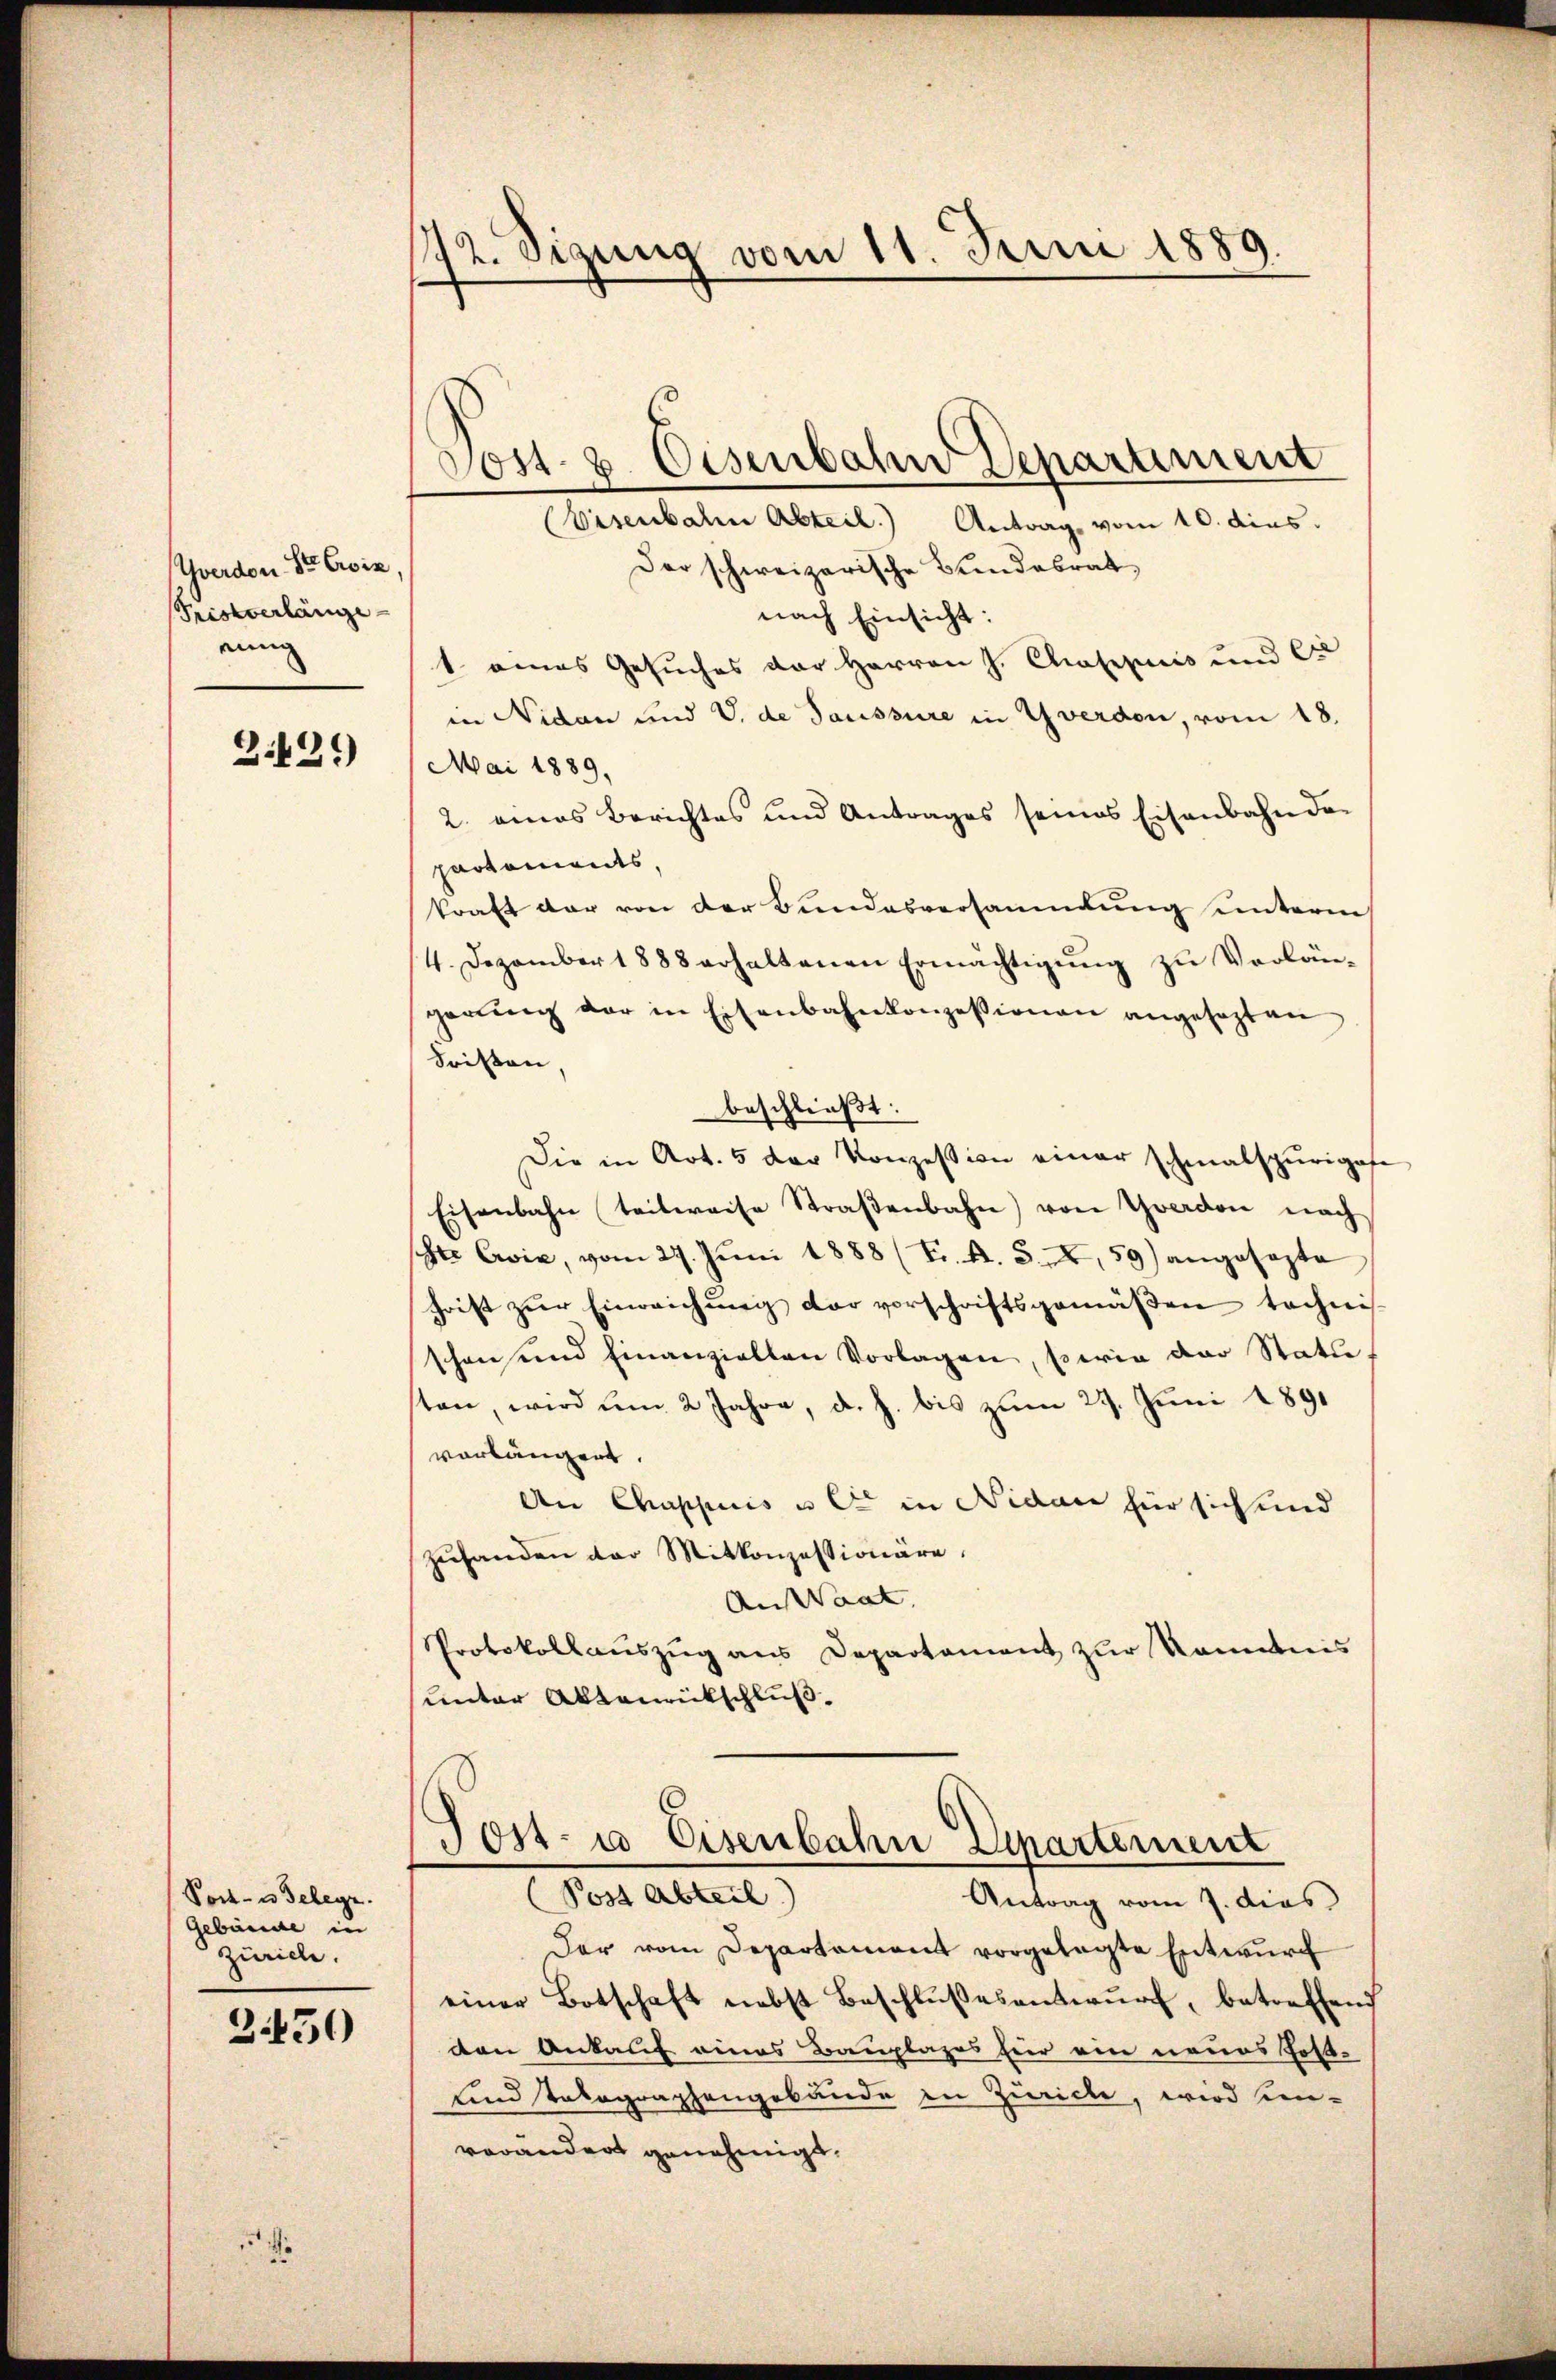
Zverdon Sr Exis,
Tristverlänge
einig

Z.429

Pock- u Gelege.
Gebäude in
Zürich.

2430

51

72. Sizung vom 11. Juni 1889.

Post- 8. Oesenbahn Departiment

(Visenbahn Abteil.) Antrag vom 10. dies
Der schweizerische Bundesrat
nach Einsicht:
1 eines Gesuches der Herren J. Chappiis und er
in Nidau und V. de Saussure in Yverden, vom 18.
Mai 1889.
2. eines Berichtes und Antrages seines Eisenbahn da-
partements,
kraft der von der Bundesversammlung unterm
4. Dezember 1888 erhaltenen Ermächtigung zu Verlän-
gerŭng der in Eisenbahnkonzessionen angesezten
Fristen
beschließt:
Die in Art. 5 der Konzession einer schmalspurigese
Eisenbahn teilweise Straβenbahn) von Yverdon nach
schte Cović, vom 27. Jŭni 1888 (T. A. 5. X, 59) angesezte
hoist zŭr Einreichŭng der vorschriftsgemäβen technis.
schon und einanzielten Vorlagen, sowie der Statu
ten, wird um 2 Jahre, d. h. bis zum 29. Juni 1891
vorlängert.
An Chappuis u C in Nidau für sich und
zuhanden der Mitkonzessionäre.
An Waat.
Protokollaŭszŭg ans Departament zŭr Kenntnis
unter Aktenrückschluß

Jost- u Eisenbahn Departement

Post Abteil)
Antrag vom 7. dies
Der vom Departament vorgelegte Entwŭrf
einer Botschaft nebst Beschlŭβesentwŭrf, betreffend
den Ankauf eines Bauplazes hier ein neues Fol-
und takographengebäude in Zürich, wird ein-
verändert genehmigt.